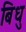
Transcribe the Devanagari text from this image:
बिधु